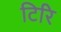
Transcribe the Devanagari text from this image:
टिरि